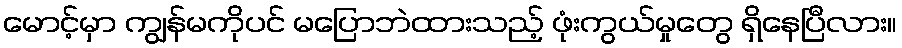
မောင့်မှာ ကျွန်မကိုပင် မပြောဘဲထားသည့် ဖုံးကွယ်မှုတွေ ရှိနေပြီလား။